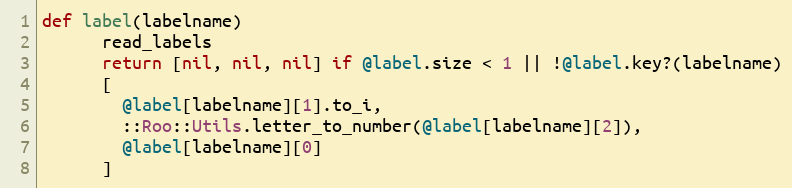
Language: Ruby
def label(labelname)
      read_labels
      return [nil, nil, nil] if @label.size < 1 || !@label.key?(labelname)
      [
        @label[labelname][1].to_i,
        ::Roo::Utils.letter_to_number(@label[labelname][2]),
        @label[labelname][0]
      ]